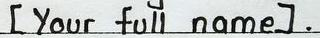
[ Your full name ] .